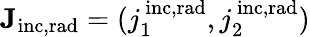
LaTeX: \mathbf{J_{\mathrm{{inc,rad}}}}=(j_{1}^{~\mathrm{{inc,rad}}},j_{2}^{\mathrm{{~inc,rad}}})